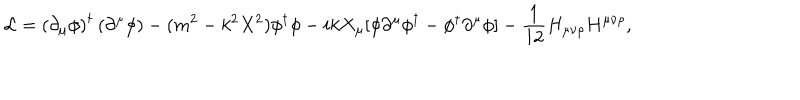
LaTeX: { \cal L } = \left( \partial _ { \mu } \phi \right) ^ { \dagger } \left( \partial ^ { \mu } \phi \right) - ( m ^ { 2 } - k ^ { 2 } X ^ { 2 } ) \phi ^ { \dagger } \phi - i k X _ { \mu } [ \phi \partial ^ { \mu } \phi ^ { \dagger } - \phi ^ { \dagger } \partial ^ { \mu } \phi ] - \frac { 1 } { 1 2 } H _ { \mu \nu \rho } H ^ { \mu \nu \rho } ,